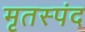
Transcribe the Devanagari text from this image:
मृतस्पंद